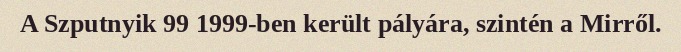
A Szputnyik 99 1999-ben került pályára, szintén a Mirről.